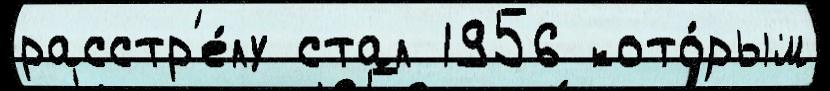
расстр'е́лу стал 1956 кото́рым